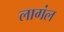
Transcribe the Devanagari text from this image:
लागंल